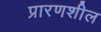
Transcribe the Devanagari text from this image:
प्रारणशील